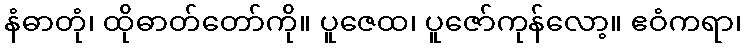
နံဓာတုံ၊ ထိုဓာတ်တော်ကို။ ပူဇေထ၊ ပူဇော်ကုန်လော့။ ဧဝံကရာ၊